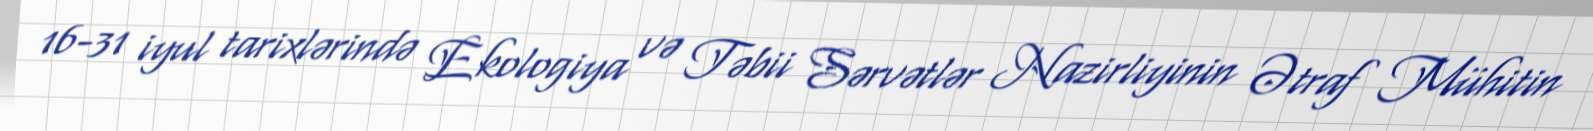
16-31 iyul tarixlərində Ekologiya və Təbii Sərvətlər Nazirliyinin Ətraf Mühitin